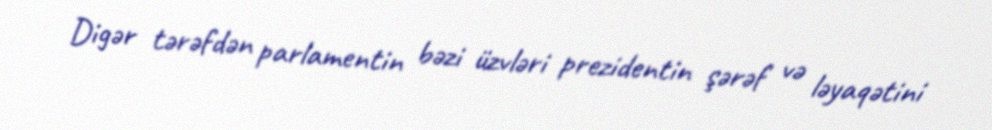
Digər tərəfdən parlamentin bəzi üzvləri prezidentin şərəf və ləyaqətini